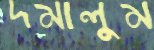
দমালুম